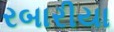
રબારીયા